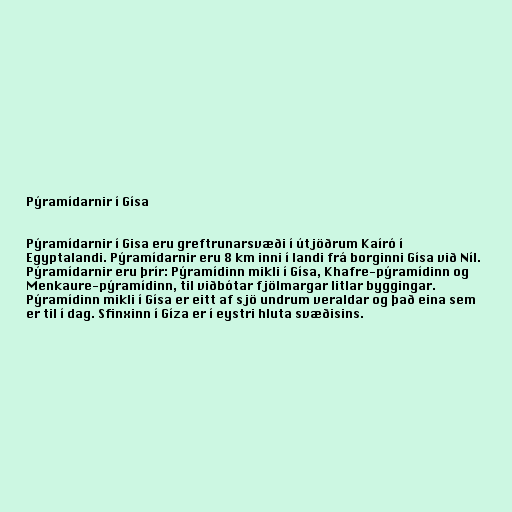
Pýramídarnir í Gísa

Pýramídarnir í Gisa eru greftrunarsvæði í útjöðrum Kaíró í
Egyptalandi. Pýramídarnir eru 8 km inni í landi frá borginni Gísa við Níl.
Pýramídarnir eru þrír: Pýramídinn mikli í Gísa, Khafre-pýramídinn og
Menkaure-pýramídinn, til viðbótar fjölmargar litlar byggingar.
Pýramídinn mikli í Gísa er eitt af sjö undrum veraldar og það eina sem
er til í dag. Sfinxinn í Gíza er í eystri hluta svæðisins.